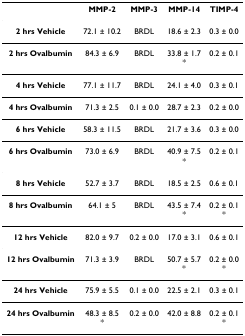
|  | MMP-2 | MMP-3 | MMP-14 | TIMP-4 |
 | --- | --- | --- | --- | --- |
 | 2 hrs Vehicle | 72.1 ± 10.2 | BRDL | 18.6 ± 2.3 | 0.3 ± 0.0 |
 | 2 hrs Ovalbumin | 84.3 ± 6.9 | BRDL | 33.8 ± 1.7* | 0.2 ± 0.1 |
 | 4 hrs Vehicle | 77.1 ± 11.7 | BRDL | 24.1 ± 4.0 | 0.3 ± 0.1 |
 | 4 hrs Ovalbumin | 71.3 ± 2.5 | 0.1 ± 0.0 | 28.7 ± 2.3 | 0.2 ± 0.0 |
 | 6 hrs Vehicle | 58.3 ± 11.5 | BRDL | 21.7 ± 3.6 | 0.3 ± 0.0 |
 | 6 hrs Ovalbumin | 73.0 ± 6.9 | BRDL | 40.9 ± 7.5* | 0.2 ± 0.1 |
 | 8 hrs Vehicle | 52.7 ± 3.7 | BRDL | 18.5 ± 2.5 | 0.6 ± 0.1 |
 | 8 hrs Ovalbumin | 64.1 ± 5 | BRDL | 43.5 ± 7.4* | 0.2 ± 0.1* |
 | 12 hrs Vehicle | 82.0 ± 9.7 | 0.2 ± 0.0 | 17.0 ± 3.1 | 0.6 ± 0.1 |
 | 12 hrs Ovalbumin | 71.3 ± 3.9 | BRDL | 50.7 ± 5.7* | 0.2 ± 0.0* |
 | 24 hrs Vehicle | 75.9 ± 5.5 | 0.1 ± 0.0 | 22.5 ± 2.1 | 0.3 ± 0.1 |
 | 24 hrs Ovalbumin | 48.3 ± 8.5* | 0.2 ± 0.0 | 42.0 ± 8.8 | 0.2 ± 0.1* |